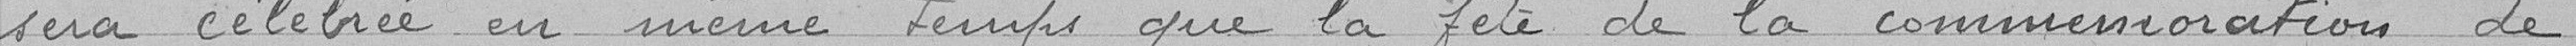
sera célébrée en même temps que la fête de la Commémoration de